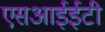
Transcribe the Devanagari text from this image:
एसआईईटी